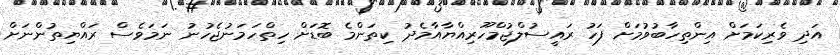
އަދި ވެރިކަމަށް އިންތިހާބުވުމަށް ފަހު ރައީސުލްޖުމްހޫރިއްޔާއާމެދު ކިތަންމެ ބޮޑަށް ހިތްހަމަނުޖެހުނު ނަމަވެސް ރައްޔިތުންނަށް